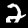
Digit: 2